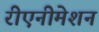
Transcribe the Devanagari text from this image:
रीएनीमेशन